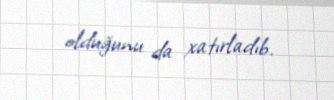
olduğunu da xatırladıb.